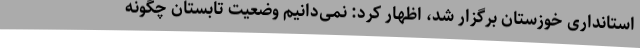
استانداری خوزستان برگزار شد، اظهار کرد: نمی‌دانیم وضعیت تابستان چگونه